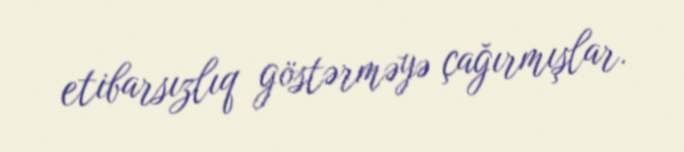
etibarsızlıq göstərməyə çağırmışlar.